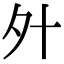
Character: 㚈